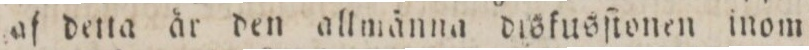
af detta är den allmänna diskusſionen inom